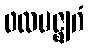
ဖလမဇ္ဈဂံ